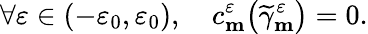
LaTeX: \forall\varepsilon\in(-\varepsilon_{0},\varepsilon_{0}),\quad c_{\mathbf{m}}^{\varepsilon}\big(\widetilde{\gamma}_{\mathbf{m}}^{\varepsilon}\big)=0.